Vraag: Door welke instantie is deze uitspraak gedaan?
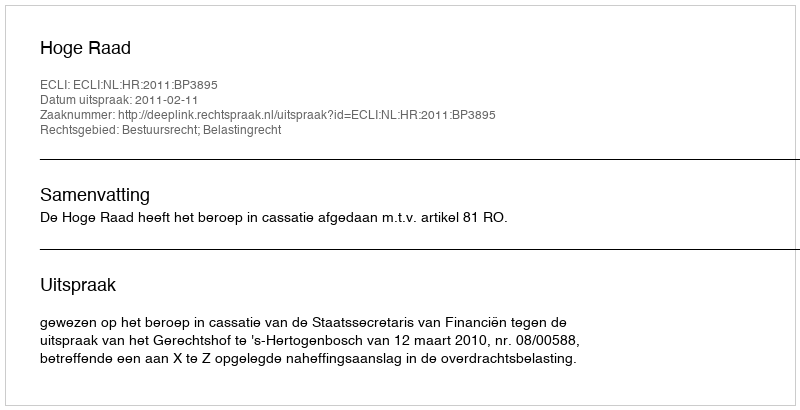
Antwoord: Hoge Raad